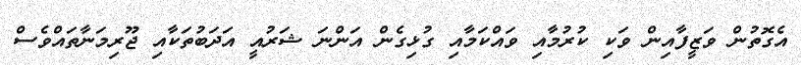
އެގޮތުން ވަޒީފާއިން ވަކި ކުރުމާއި ވައްކަމާއި ގުޅިގެން އަންނަ ޝަރުއީ އަދަބުތަކާއި ޖޫރިމަނާތައްވެސް